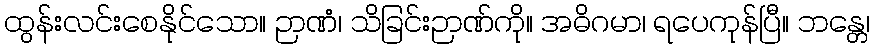
ထွန်းလင်းစေနိုင်သော။ ဉာဏံ၊ သိခြင်းဉာဏ်ကို။ အဓိဂမာ၊ ရပေကုန်ပြီ။ ဘန္တေ၊